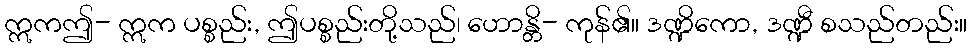
ဣကဤ- ဣက ပစ္စည်း, ဤပစ္စည်းတို့သည်၊ ဟောန္တိ- ကုန်၏။ ဒဏ္ဍိကော, ဒဏ္ဍီ စသည်တည်း။